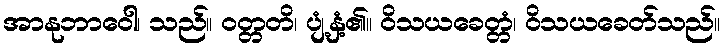
အာနုဘာဝေါ၊ သည်။ ဝတ္တတိ၊ ပျံ့နှံ့၏။ ဝိသယခေတ္တံ၊ ဝိသယခေတ်သည်။